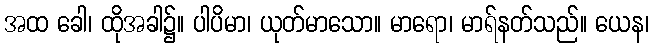
အထ ခေါ၊ ထိုအခါ၌။ ပါပိမာ၊ ယုတ်မာသော။ မာရော၊ မာရ်နတ်သည်။ ယေန၊